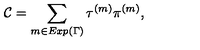
{ \cal C } = \sum _ { m \in E x p ( \Gamma ) } \tau ^ { ( m ) } \pi ^ { ( m ) } ,